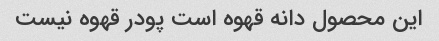
این محصول دانه قهوه است پودر قهوه نیست